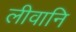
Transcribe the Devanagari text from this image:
लीवानि